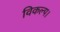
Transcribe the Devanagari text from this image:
विकल्प।